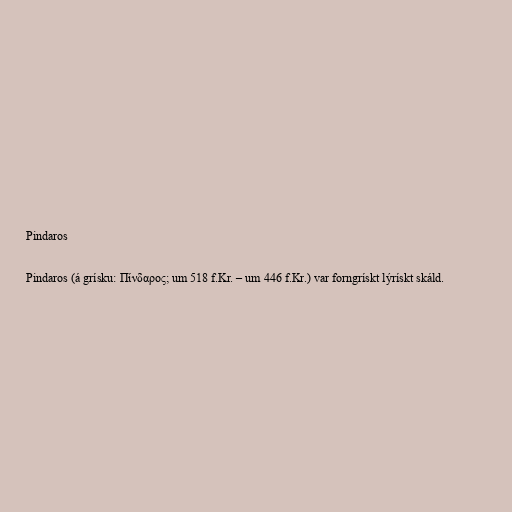
Pindaros

Pindaros (á grísku: Πίνδαρος; um 518 f.Kr. – um 446 f.Kr.) var forngrískt lýrískt skáld.